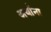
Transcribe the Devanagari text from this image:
अर्थाना